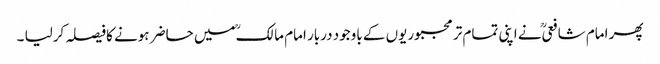
پھر امام شافعیؒ نے اپنی تمام تر مجبوریوں کے باوجود دربار امام مالکؒ میں حاضر ہونے کافیصلہ کرلیا ۔